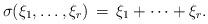
LaTeX: \begin{align*} \sigma(\xi_1, \dots, \xi_r)\, =\, \xi_1 + \dots + \xi_r. \end{align*}